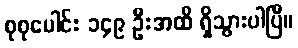
စုစုပေါင်း ၁၄၉ ဦးအထိ ရှိသွားပါပြီ။